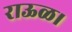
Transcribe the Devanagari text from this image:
राऊळ।